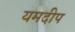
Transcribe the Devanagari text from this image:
यमदीप